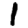
Digit: 1